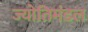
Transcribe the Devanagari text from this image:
ज्योतिमंडल